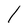
Character: l